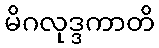
မိဂလုဒ္ဒကာတိ